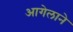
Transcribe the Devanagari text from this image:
आगेलाने